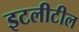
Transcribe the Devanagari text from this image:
इटलीटील